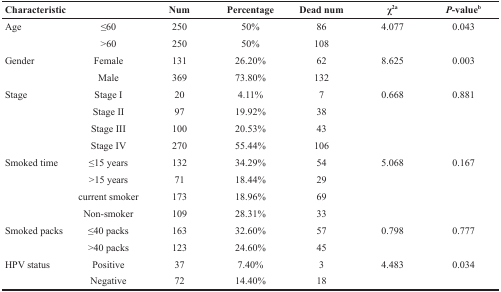
<table><thead><tr><td><b>Characteristic</b></td><td></td><td><b>Num</b></td><td><b>Percentage</b></td><td><b>Dead num</b></td><td><b>χ<sup>2a</sup></b></td><td><b><i>P</i>-value<sup>b</sup></b></td></tr></thead><tbody><tr><td>Age</td><td>≤60</td><td>250</td><td>50%</td><td>86</td><td>4.077</td><td>0.043</td></tr><tr><td></td><td>&gt;60</td><td>250</td><td>50%</td><td>108</td><td></td><td></td></tr><tr><td>Gender</td><td>Female</td><td>131</td><td>26.20%</td><td>62</td><td>8.625</td><td>0.003</td></tr><tr><td></td><td>Male</td><td>369</td><td>73.80%</td><td>132</td><td></td><td></td></tr><tr><td>Stage</td><td>Stage I</td><td>20</td><td>4.11%</td><td>7</td><td>0.668</td><td>0.881</td></tr><tr><td></td><td>Stage II</td><td>97</td><td>19.92%</td><td>38</td><td></td><td></td></tr><tr><td></td><td>Stage III</td><td>100</td><td>20.53%</td><td>43</td><td></td><td></td></tr><tr><td></td><td>Stage IV</td><td>270</td><td>55.44%</td><td>106</td><td></td><td></td></tr><tr><td>Smoked time</td><td>≤15 years</td><td>132</td><td>34.29%</td><td>54</td><td>5.068</td><td>0.167</td></tr><tr><td></td><td>&gt;15 years</td><td>71</td><td>18.44%</td><td>29</td><td></td><td></td></tr><tr><td></td><td>current smoker</td><td>173</td><td>18.96%</td><td>69</td><td></td><td></td></tr><tr><td></td><td>Non-smoker</td><td>109</td><td>28.31%</td><td>33</td><td></td><td></td></tr><tr><td>Smoked packs</td><td>≤40 packs</td><td>163</td><td>32.60%</td><td>57</td><td>0.798</td><td>0.777</td></tr><tr><td></td><td>&gt;40 packs</td><td>123</td><td>24.60%</td><td>45</td><td></td><td></td></tr><tr><td>HPV status</td><td>Positive</td><td>37</td><td>7.40%</td><td>3</td><td>4.483</td><td>0.034</td></tr><tr><td></td><td>Negative</td><td>72</td><td>14.40%</td><td>18</td><td></td><td></td></tr></tbody></table>